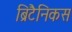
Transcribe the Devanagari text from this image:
ब्रिटैनिकस